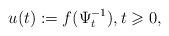
LaTeX: \begin{align*}u(t):=f(\Psi_{t}^{-1}), t \geqslant 0,\end{align*}